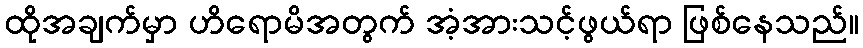
ထိုအချက်မှာ ဟိရောမိအတွက် အံ့အားသင့်ဖွယ်ရာ ဖြစ်နေသည်။